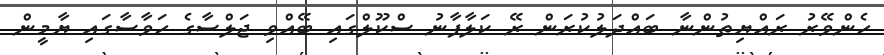
ހެންވޭރު ރައްޔިތުންނާ ބައްދަލުކުރަން ރޭ ކަލާފާނު ސްކޫލްގައި ބޭއްވި ޖަލްސާގެ ހަވާސާގައި ޔާމީން